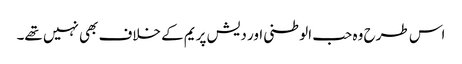
اس طرح وہ حب الوطنی اور دیش پریم کے خلاف بھی نہیں تھے۔